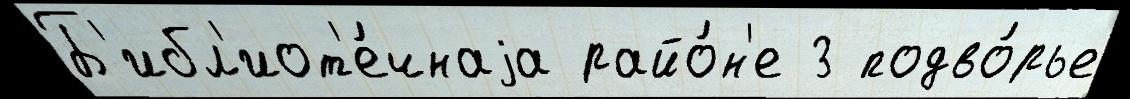
Б'ибл'иот'е́чнаjа райо́н'е 3 подво́рье